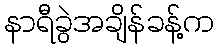
နာရီခွဲအချိန်ခန့်က